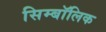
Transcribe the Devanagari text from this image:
सिम्बॉलिक